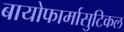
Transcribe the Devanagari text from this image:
बायोफार्मासुटिकल